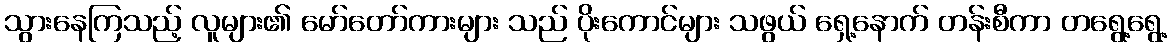
သွားနေကြသည့် လူများ၏ မော်တော်ကားများ သည် ပိုးကောင်များ သဖွယ် ရှေ့နောက် တန်းစီကာ တရွေ့ရွေ့